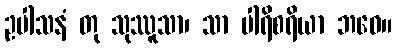
ဥပါသနံ တု သုဿူသာ၊ သာ ပါရိစရိယာ ဘဝေ။